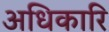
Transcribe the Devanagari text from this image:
अधिकारि